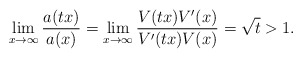
\begin{align*}\lim_{x\to\infty}\dfrac{a(tx)}{a(x)}=\lim_{x\to\infty}\dfrac{V(tx)V^{\prime}(x)}{V^{\prime}(tx)V(x)}=\sqrt{t}>1.\end{align*}